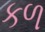
કળ